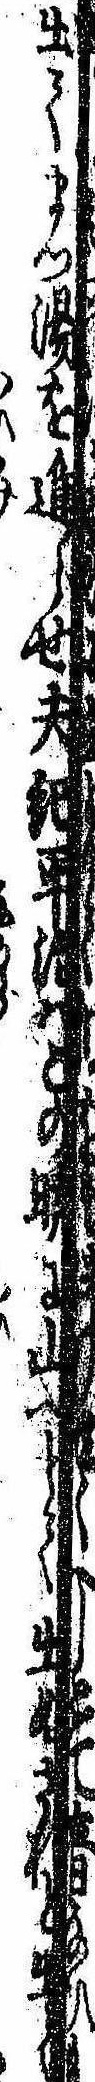
出てまづ湯を進らせ夫紀平治はこの暁に山へとて出ぬされど出て